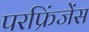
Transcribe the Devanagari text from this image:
परफ्रिंजेंस